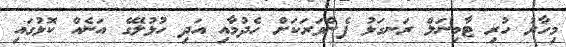
މިހާރު ހުރި ޓާމިނަލް ރަނގަޅު ފެންވަރަކަށް ހެދުމާއި އަދި ހުޅުލޭގެ އަނެއް ކޮޅުގައި